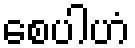
စေပါဟံ